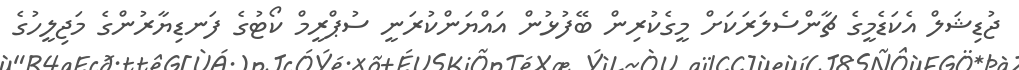
ޖުޑިޝަލް އެކަޑެމީގެ ޗާންސެލަރަކަށް މީގެކުރިން ބޭފުޅުން އައްޔަންކުރަނީ ސުޕްރީމް ކޯޓުގެ ފަނޑިޔާރުންގެ މަޖިލީހުގެ